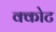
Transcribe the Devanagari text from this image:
क्कोट